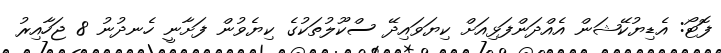
ފޮޓޯ: އެޑިޔުކޭޝަން އެއްދަންފަޅިއަށް ކިޔަވައިދޭ ސްކޫލުތަކުގެ ކިޔެވުން ފަށާނީ ހެނދުނު 8 ޖަހާއިރު